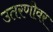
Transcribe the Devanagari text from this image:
उतरणीवर